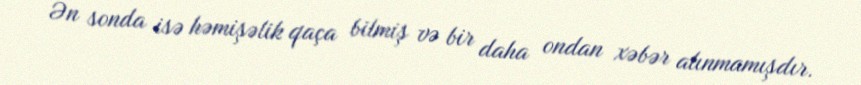
Ən sonda isə həmişəlik qaça bilmiş və bir daha ondan xəbər alınmamışdır.